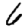
Digit: 6